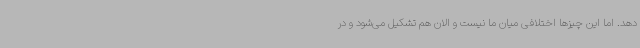
دهد. اما این چیزها اختلافی میان ما نیست و الان هم تشکیل می‌شود و در